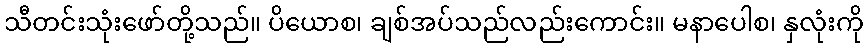
သီတင်းသုံးဖော်တို့သည်။ ပိယောစ၊ ချစ်အပ်သည်လည်းကောင်း။ မနာပေါစ၊ နှလုံးကို